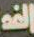
الغد